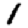
Digit: 1